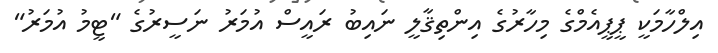
އިލްހާމަކީ ޕީޕީއެމްގެ މިހާރުގެ އިންތިޤާލީ ނައިބު ރައީސް އުމަރު ނަސީރުގެ "ޓީމު އުމަރު"